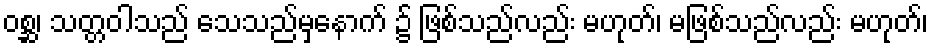
ဝစ္ဆ၊ သတ္တဝါသည် သေသည်မှနောက် ၌ ဖြစ်သည်လည်း မဟုတ်၊ မဖြစ်သည်လည်း မဟုတ်၊